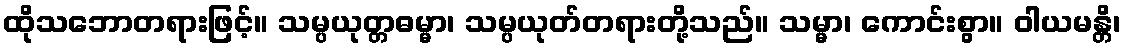
ထိုသဘောတရားဖြင့်။ သမ္ပယုတ္တဓမ္မာ၊ သမ္ပယုတ်တရားတို့သည်။ သမ္မာ၊ ကောင်းစွာ။ ဝါယမန္တိ၊